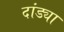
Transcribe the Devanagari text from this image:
दांड्या